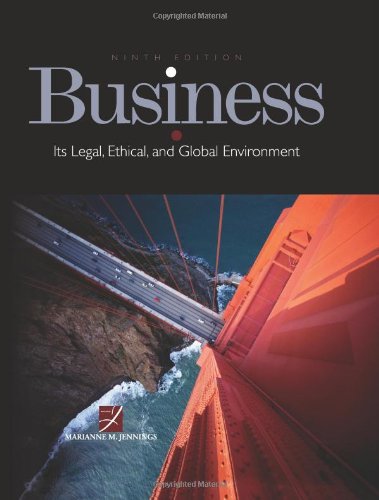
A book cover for Business: Its Legal, Ethical, and Global Environment; Marianne M. Jennings; Law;